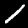
Label: 1